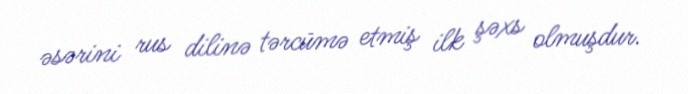
əsərini rus dilinə tərcümə etmiş ilk şəxs olmuşdur.